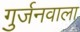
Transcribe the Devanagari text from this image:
गुर्जनवाला